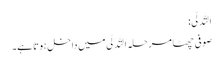
اَلتَّدَلِّی:
صوفی چھٹا مرحلہ اَلتَّدَلِّی میں داخل ہوتا ہے۔